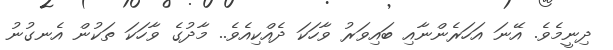
ދިނީމެވެ. އޭނަ އަހަރެންނާއި ބައިވަރު ވާހަކަ ދެއްކިއެވެ.. މާދުގެ ވާހަކަ ތަކުން އެނގުނު